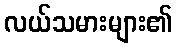
လယ်သမားများ၏